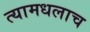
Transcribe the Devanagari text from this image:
त्यामधलाच